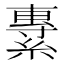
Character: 𦄯